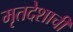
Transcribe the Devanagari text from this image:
मृतदेशाची